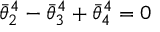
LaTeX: \bar { \theta } _ { 2 } ^ { 4 } - \bar { \theta } _ { 3 } ^ { 4 } + \bar { \theta } _ { 4 } ^ { 4 } = 0